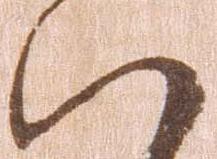
い